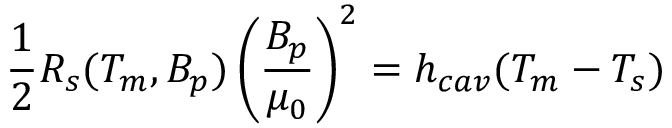
\frac { 1 } { 2 } R _ { s } ( T _ { m } , B _ { p } ) \left( \frac { B _ { p } } { \mu _ { 0 } } \right) ^ { 2 } = h _ { c a v } ( T _ { m } - T _ { s } )